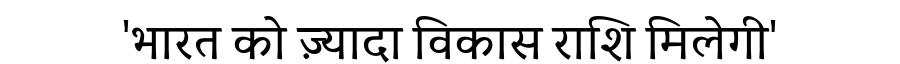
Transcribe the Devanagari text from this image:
'भारत को ज़्यादा विकास राशि मिलेगी'